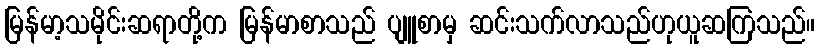
မြန်မာ့သမိုင်းဆရာတို့က မြန်မာစာသည် ပျူစာမှ ဆင်းသက်လာသည်ဟုယူဆကြသည်။